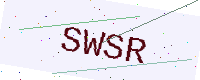
Text: SWSR